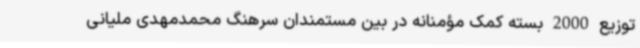
توزیع 2000 بسته کمک مؤمنانه در بین مستمندان سرهنگ محمدمهدی ملیانی